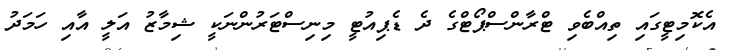
އެކޮމިޓީގައި ތިއްބެވި ޓްރާންސްޕޯޓްގެ ދެ ޑެޕިއުޓީ މިނިސްޓަރުންނަކީ ޝިމާޒު އަލީ އާއި ހަމަދު